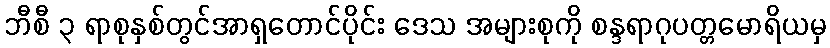
ဘီစီ ၃ ရာစုနှစ်တွင်အာရှတောင်ပိုင်း ဒေသ အများစုကို စန္ဒရာဂုပတ္တမောရိယမှ